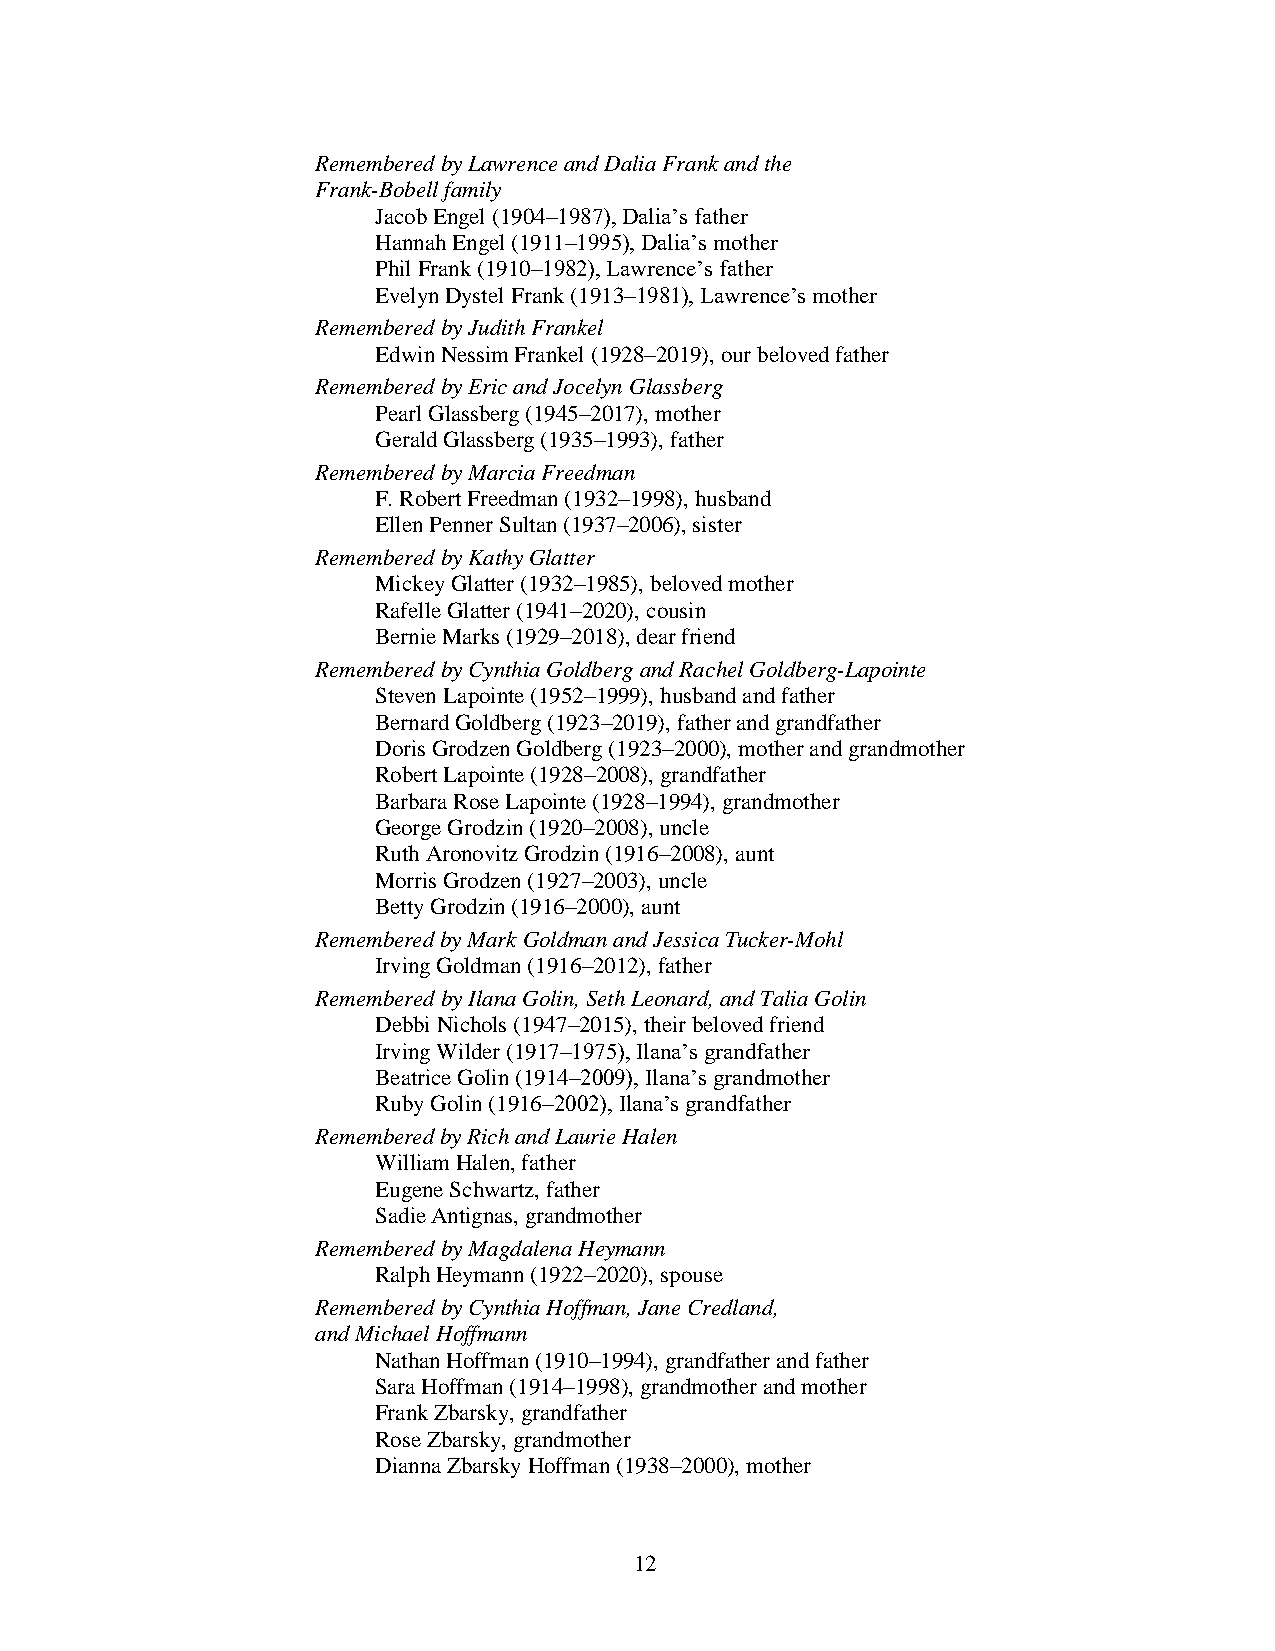
Remembered by Lawrence and Dalia Frank and the
 Frank-Bobell family
 Jacob Engel (1904–1987), Dalia’s father
 Hannah Engel (1911–1995), Dalia’s mother
 Phil Frank (1910–1982), Lawrence’s father
 Evelyn Dystel Frank (1913–1981), Lawrence’s mother
 Remembered by Judith Frankel
 Edwin Nessim Frankel (1928–2019), our beloved father
 Remembered by Eric and Jocelyn Glassberg
 Pearl Glassberg (1945–2017), mother
 Gerald Glassberg (1935–1993), father
 Remembered by Marcia Freedman
 F. Robert Freedman (1932–1998), husband
 Ellen Penner Sultan (1937–2006), sister
 Remembered by Kathy Glatter
 Mickey Glatter (1932–1985), beloved mother
 Rafelle Glatter (1941–2020), cousin
 Bernie Marks (1929–2018), dear friend
 Remembered by Cynthia Goldberg and Rachel Goldberg-Lapointe
 Steven Lapointe (1952–1999), husband and father
 Bernard Goldberg (1923–2019), father and grandfather
 Doris Grodzen Goldberg (1923–2000), mother and grandmother
 Robert Lapointe (1928–2008), grandfather
 Barbara Rose Lapointe (1928–1994), grandmother
 George Grodzin (1920–2008), uncle
 Ruth Aronovitz Grodzin (1916–2008), aunt
 Morris Grodzen (1927–2003), uncle
 Betty Grodzin (1916–2000), aunt
 Remembered by Mark Goldman and Jessica Tucker-Mohl
 Irving Goldman (1916–2012), father
 Remembered by Ilana Golin, Seth Leonard, and Talia Golin
 Debbi Nichols (1947–2015), their beloved friend
 Irving Wilder (1917–1975), Ilana’s grandfather
 Beatrice Golin (1914–2009), Ilana’s grandmother
 Ruby Golin (1916–2002), Ilana’s grandfather
 Remembered by Rich and Laurie Halen
 William Halen, father
 Eugene Schwartz, father
 Sadie Antignas, grandmother
 Remembered by Magdalena Heymann
 Ralph Heymann (1922–2020), spouse
 Remembered by Cynthia Hoffman, Jane Credland,
 and Michael Hoffmann
 Nathan Hoffman (1910–1994), grandfather and father
 Sara Hoffman (1914–1998), grandmother and mother
 Frank Zbarsky, grandfather
 Rose Zbarsky, grandmother
 Dianna Zbarsky Hoffman (1938–2000), mother
 1 2